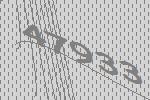
47933